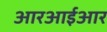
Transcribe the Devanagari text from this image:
आरआईआर